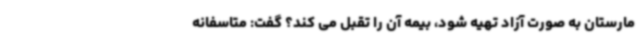
مارستان به صورت آزاد تهیه شود، بیمه آن را تقبل می کند؟ گفت: متاسفانه